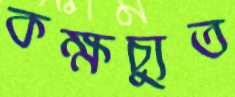
কক্ষচ্যুত